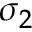
\sigma _ { 2 }